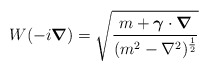
\begin{align*}W(-i \mbox{\boldmath $\nabla$} ) = \sqrt{\frac{m+\mbox{\boldmath $\gamma$} \cdot \mbox{\boldmath $\nabla$}}{(m^{2} - \nabla^{2})^{\frac{1}{2}}}}\end{align*}